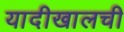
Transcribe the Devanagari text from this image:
यादीखालची